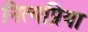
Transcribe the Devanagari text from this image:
नित्यप्रिया